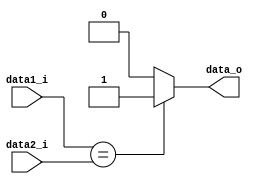
module EQ (data1_i, data2_i, data_o);

input [31:0] data1_i;
input [31:0] data2_i;
output data_o;

assign data_o = (data1_i == data2_i) ? 1 : 0;

endmodule